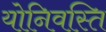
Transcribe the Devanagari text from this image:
योनिवस्ति